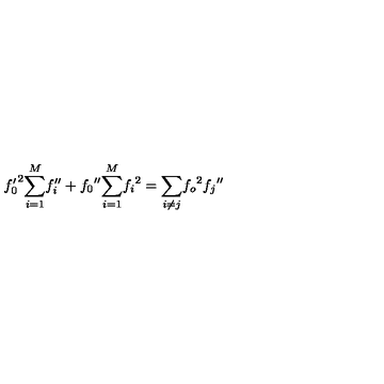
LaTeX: { f _ { 0 } ^ { \prime } } ^ { 2 } { \sum _ { i = 1 } ^ { M } } { f _ { i } ^ { \prime \prime } } + { f _ { 0 } } ^ { \prime \prime } { \sum _ { i = 1 } ^ { M } } { f _ { i } } ^ { 2 } = { \sum _ { i \ne j } } { f _ { o } } ^ { 2 } { f _ { j } } ^ { \prime \prime }